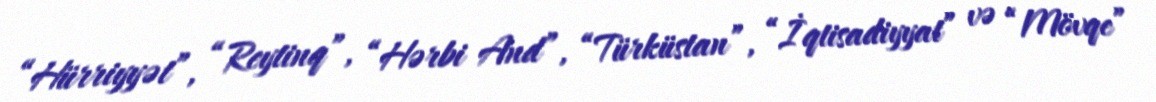
“Hürriyyət”, “Reytinq”, “Hərbi And”, “Türküstan”, “İqtisadiyyat” və “Mövqe”